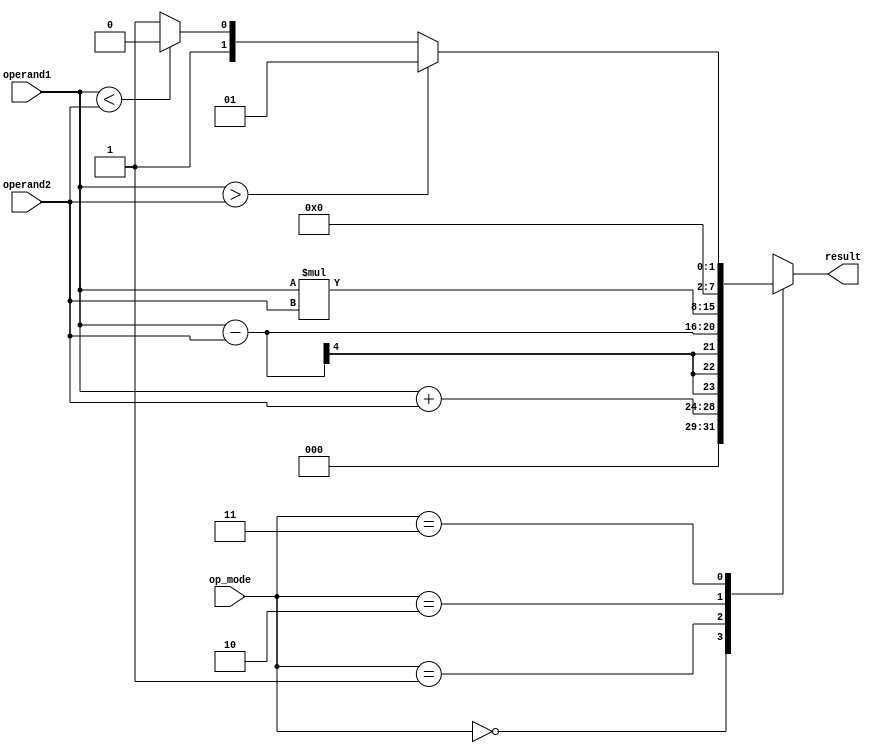
module ALU (
    input [3:0] operand1,
    input [3:0] operand2,
    input [1:0] op_mode,
    output reg [7:0] result
);

always @(*)
begin
    case(op_mode)
        2'b00: result = operand1 + operand2; // Addition
        2'b01: result = operand1 - operand2; // Subtraction
        2'b10: result = operand1 * operand2; // Multiplication
        2'b11: begin                          // Comparison
            if(operand1 > operand2)
                result = 8'b00000001;         // operand1 is greater
            else if(operand1 < operand2)
                result = 8'b00000010;         // operand2 is greater
            else
                result = 8'b00000011;         // operands are equal
        end
    endcase
end

endmodule